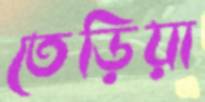
তেড়িয়া